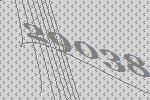
29038